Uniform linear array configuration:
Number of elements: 12
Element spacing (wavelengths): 0.25
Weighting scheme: blackman
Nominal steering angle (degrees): -60
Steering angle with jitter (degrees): -59.956
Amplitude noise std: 0.05
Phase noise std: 0.05

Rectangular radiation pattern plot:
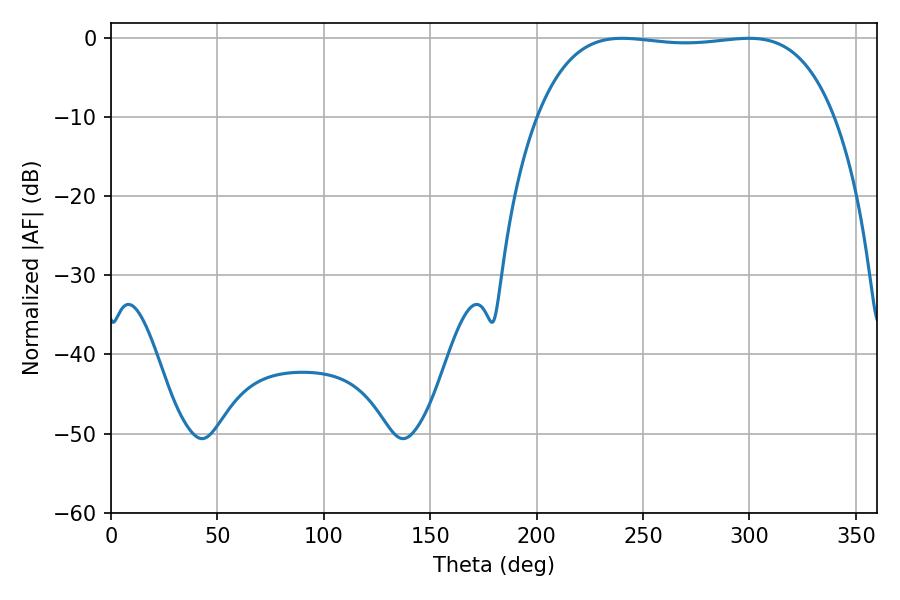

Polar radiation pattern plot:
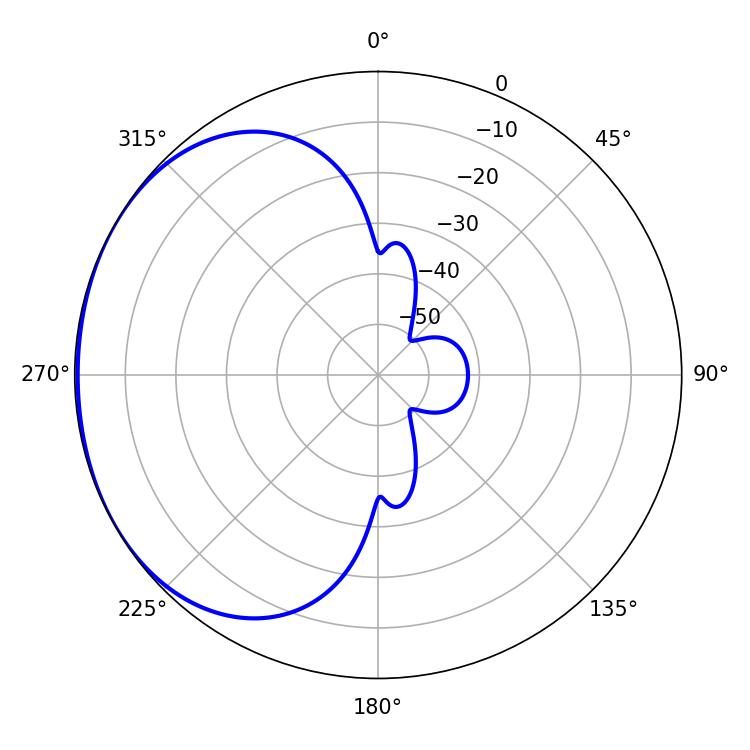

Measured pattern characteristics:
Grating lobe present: FALSE
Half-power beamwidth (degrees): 110.16
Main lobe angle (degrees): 240.3